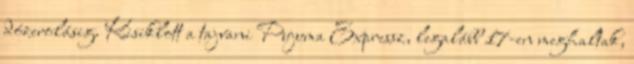
dózerolásig. Kisiklott a tajvani Pujuma Expressz, legalább 17-en meghaltak,